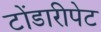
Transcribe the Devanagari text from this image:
टोंडारीपेट